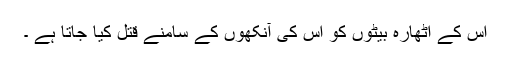
اس کے اٹھارہ بیٹوں کو اس کی آنکھوں کے سامنے قتل کیا جاتا ہے ۔